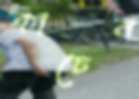
কাচেন